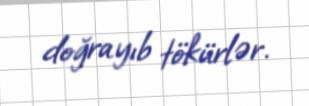
doğrayıb tökürlər.